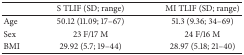
|  | S TLIF (SD; range) | MI TLIF (SD; range) |
 | --- | --- | --- |
 | Age | 50.12 (11.09; 17–67) | 51.3 (9.36; 34–69) |
 | Sex | 23 F/17 M | 24 F/16 M |
 | BMI | 29.92 (5.7; 19–44) | 28.97 (5.18; 21–40) |